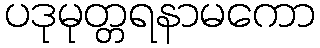
ပဒုမုတ္တရနာမကော